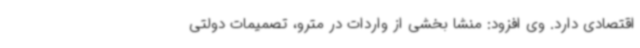
اقتصادی دارد. وی افزود: منشا بخشی از واردات در مترو، تصمیمات دولتی